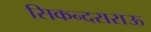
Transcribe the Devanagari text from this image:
सिकन्दराराऊ